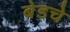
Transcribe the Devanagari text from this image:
बेडचे